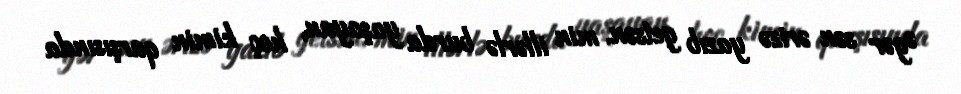
Əgər sən ərizə yazıb getsən, min illərlə burda yaşayan, heç kimin qarşısında